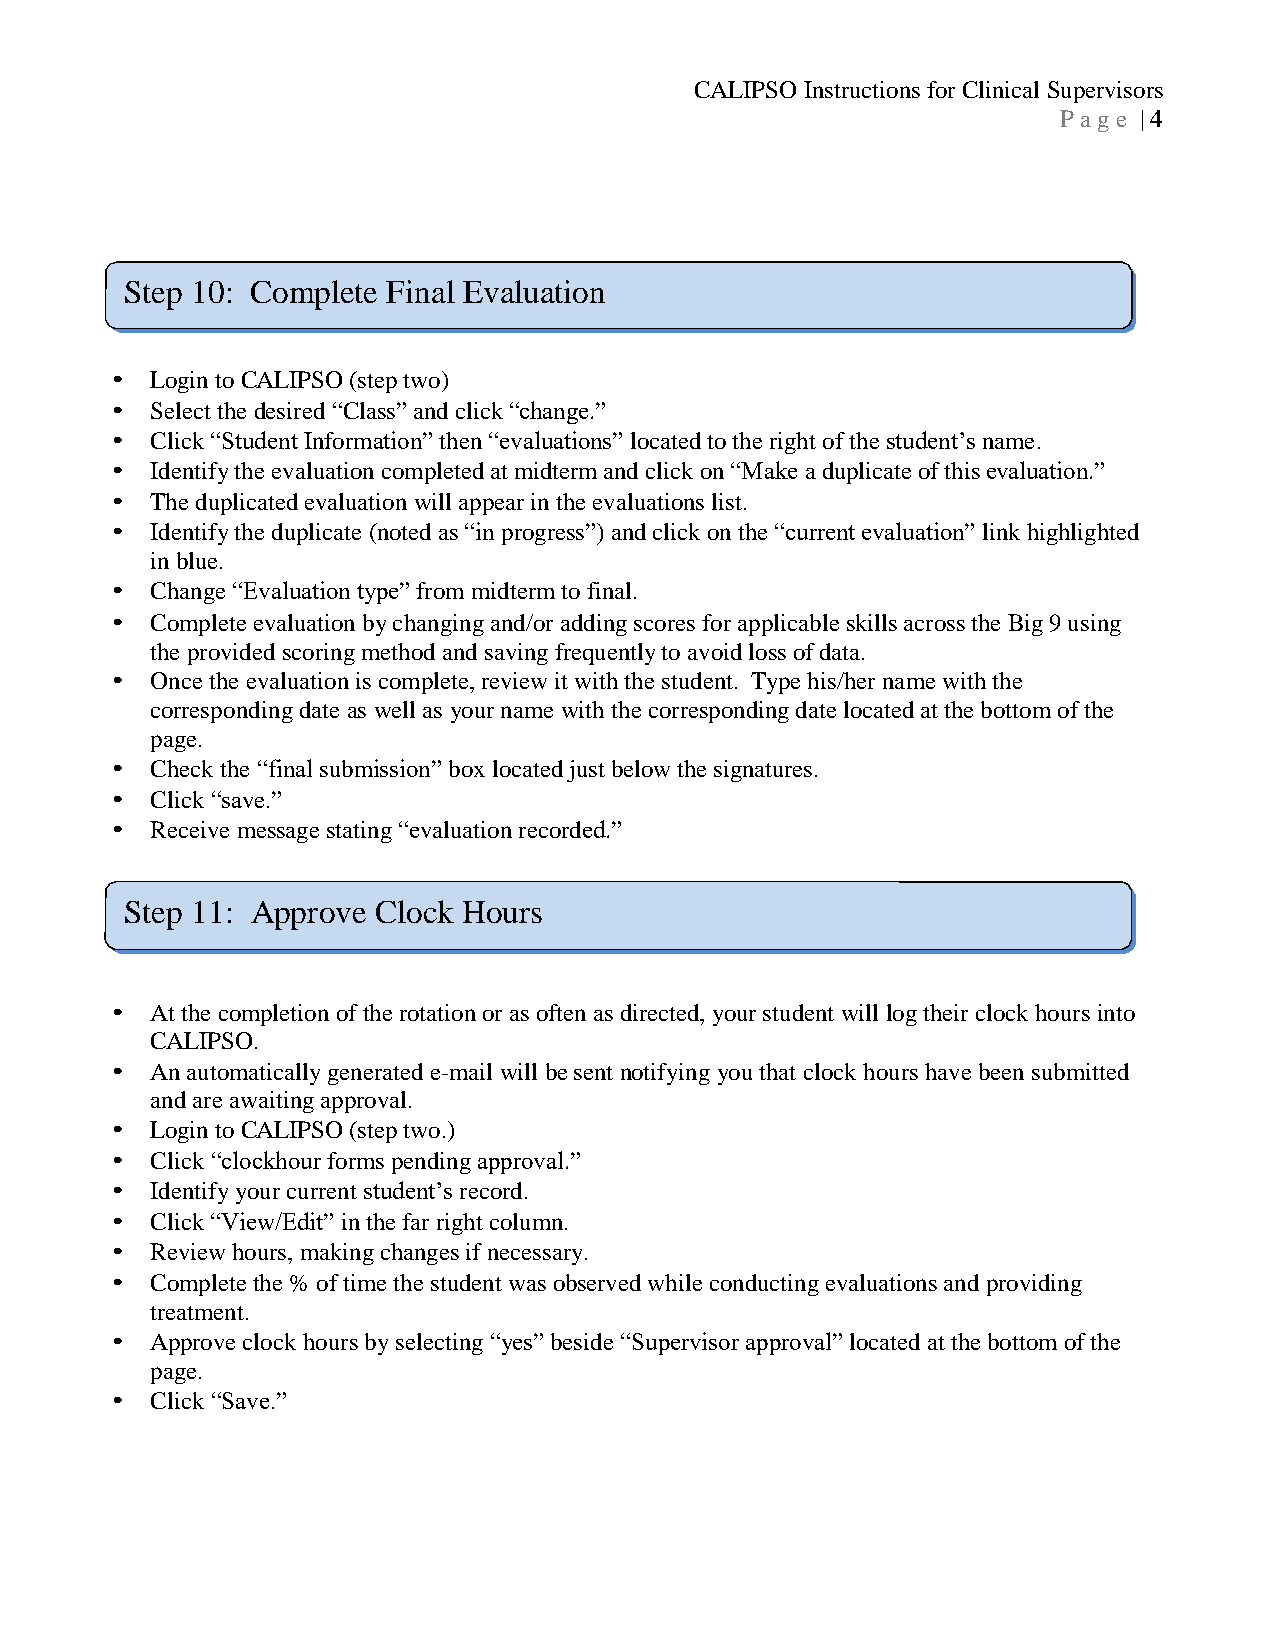
CALIPSO Instructions for Clinical Supervisors
 P a g e | 4
 Step 10: Complete Final Evaluation
 •  Login to CALIPSO (step two)
 •  Select the desired “Class” and click “change.”
 •  Click “Student Information” then “evaluations” located to the right of the student’s name.
 •  Identify the evaluation completed at midterm and click on “Make a duplicate of this evaluation.”
 •  The duplicated evaluation will appear in the evaluations list.
 •  Identify the duplicate (noted as “in progress”) and click on the “current evaluation” link highlighted
 in blue.
 •  Change “Evaluation type” from midterm to final.
 •  Complete evaluation by changing and/or adding scores for applicable skills across the Big 9 using
 the provided scoring method and saving frequently to avoid loss of data.
 •  Once the evaluation is complete, review it with the student. Type his/her name with the
 corresponding date as well as your name with the corresponding date located at the bottom of the
 page.
 •  Check the “final submission” box located just below the signatures.
 •  Click “save.”
 •  Receive message stating “evaluation recorded.”
 Step 11: Approve Clock Hours
 •  At the completion of the rotation or as often as directed, your student will log their clock hours into
 CALIPSO.
 •  An automatically generated e-mail will be sent notifying you that clock hours have been submitted
 and are awaiting approval.
 •  Login to CALIPSO (step two.)
 •  Click “clockhour forms pending approval.”
 •  Identify your current student’s record.
 •  Click “View/Edit” in the far right column.
 •  Review hours, making changes if necessary.
 •  Complete the % of time the student was observed while conducting evaluations and providing
 treatment.
 •  Approve clock hours by selecting “yes” beside “Supervisor approval” located at the bottom of the
 page.
 •  Click “Save.”